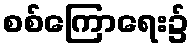
စစ်ကြောရေး၌